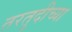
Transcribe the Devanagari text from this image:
तरतुदीच्या